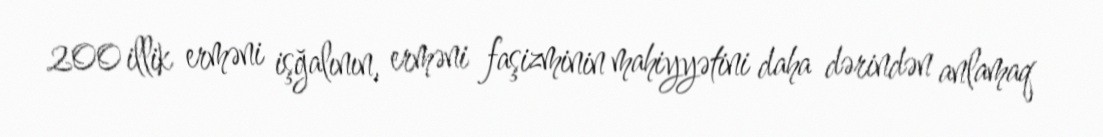
200 illik erməni işğalının, erməni faşizminin mahiyyətini daha dərindən anlamaq